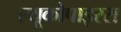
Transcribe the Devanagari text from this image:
ल्यूकोपाइरस